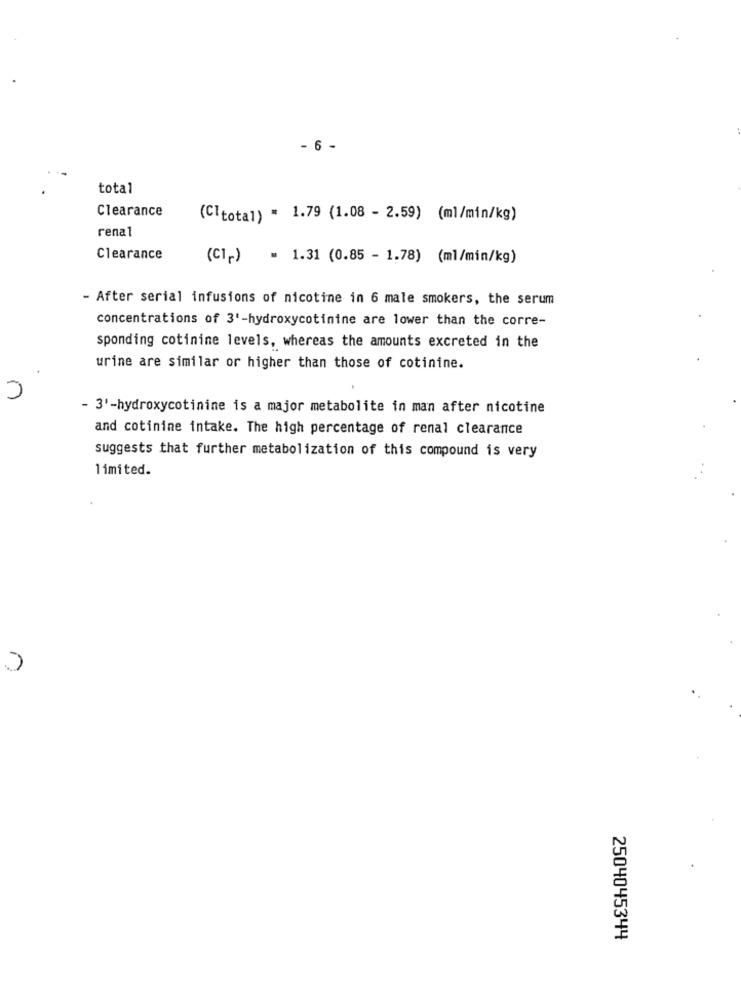
- 6 -
total
Clearance
(Cltotal) * 1.79 (1.08 - 2.59) (ml/min/kg)
renal
Clearance
(CI,) = 1.31 (0.85 - 1.78) (ml/min/kg)
- After serial infusions of nicotine in 6 male smokers, the serum
concentrations of 3'-hydroxycotinine are lower than the corre-
sponding cotinine levels, whereas the amounts excreted in the
urine are similar or higher than those of cotinine.
n
- 3'-hydroxycotinine is a major metabolite in man after nicotine
and cotinine intake. The high percentage of renal clearance
suggests that further metabolization of this compound is very
limited.
2504045344